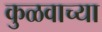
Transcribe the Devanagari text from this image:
कुळवाच्या